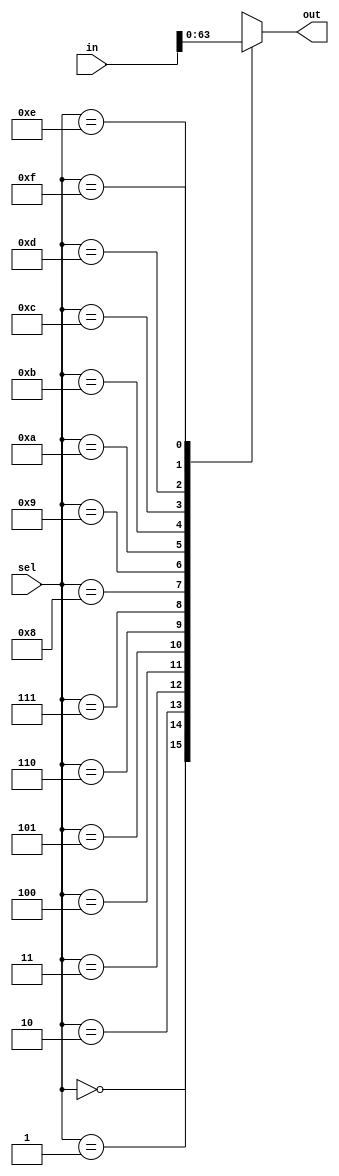
module mux_8x1 ( //16x1 mux name is incorrect
  input [64:0] in,
  input [3:0] sel,
  output reg [3:0] out
);

always@(*) begin
  case (sel)
    4'b0000: out = in[63:60];
    4'b0001: out = in[59:56];
    4'b0010: out = in[55:52];
    4'b0011: out = in[51:48];
    4'b0100: out = in[47:44];
    4'b0101: out = in[43:40];
    4'b0110: out = in[39:36];
    4'b0111: out = in[35:32];
    4'b1000: out = in[31:28];
    4'b1001: out = in[27:24];
    4'b1010: out = in[23:20];
    4'b1011: out = in[19:16];
    4'b1100: out = in[15:12];
    4'b1101: out = in[11:8];
    4'b1110: out = in[7:4];
    4'b1111: out = in[3:0];
  endcase
end

endmodule